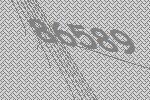
86589